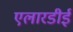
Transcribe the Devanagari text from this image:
एलारडीई